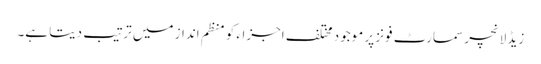
زیڈ لانچر سمارٹ فونز پر موجود مختلف اجزاء کو منظم انداز میں ترتیب دیتا ہے۔